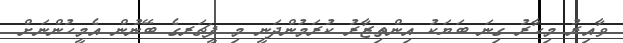
ވާއިރު މިހާރު ގިނަ ބަޔަކު އިންތިޒާރު ކުރަމުންދަނީ މި ފީޗަރގެ ބޭނުން އެމީހުންނަށް